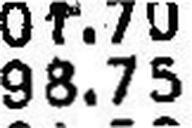
98.75